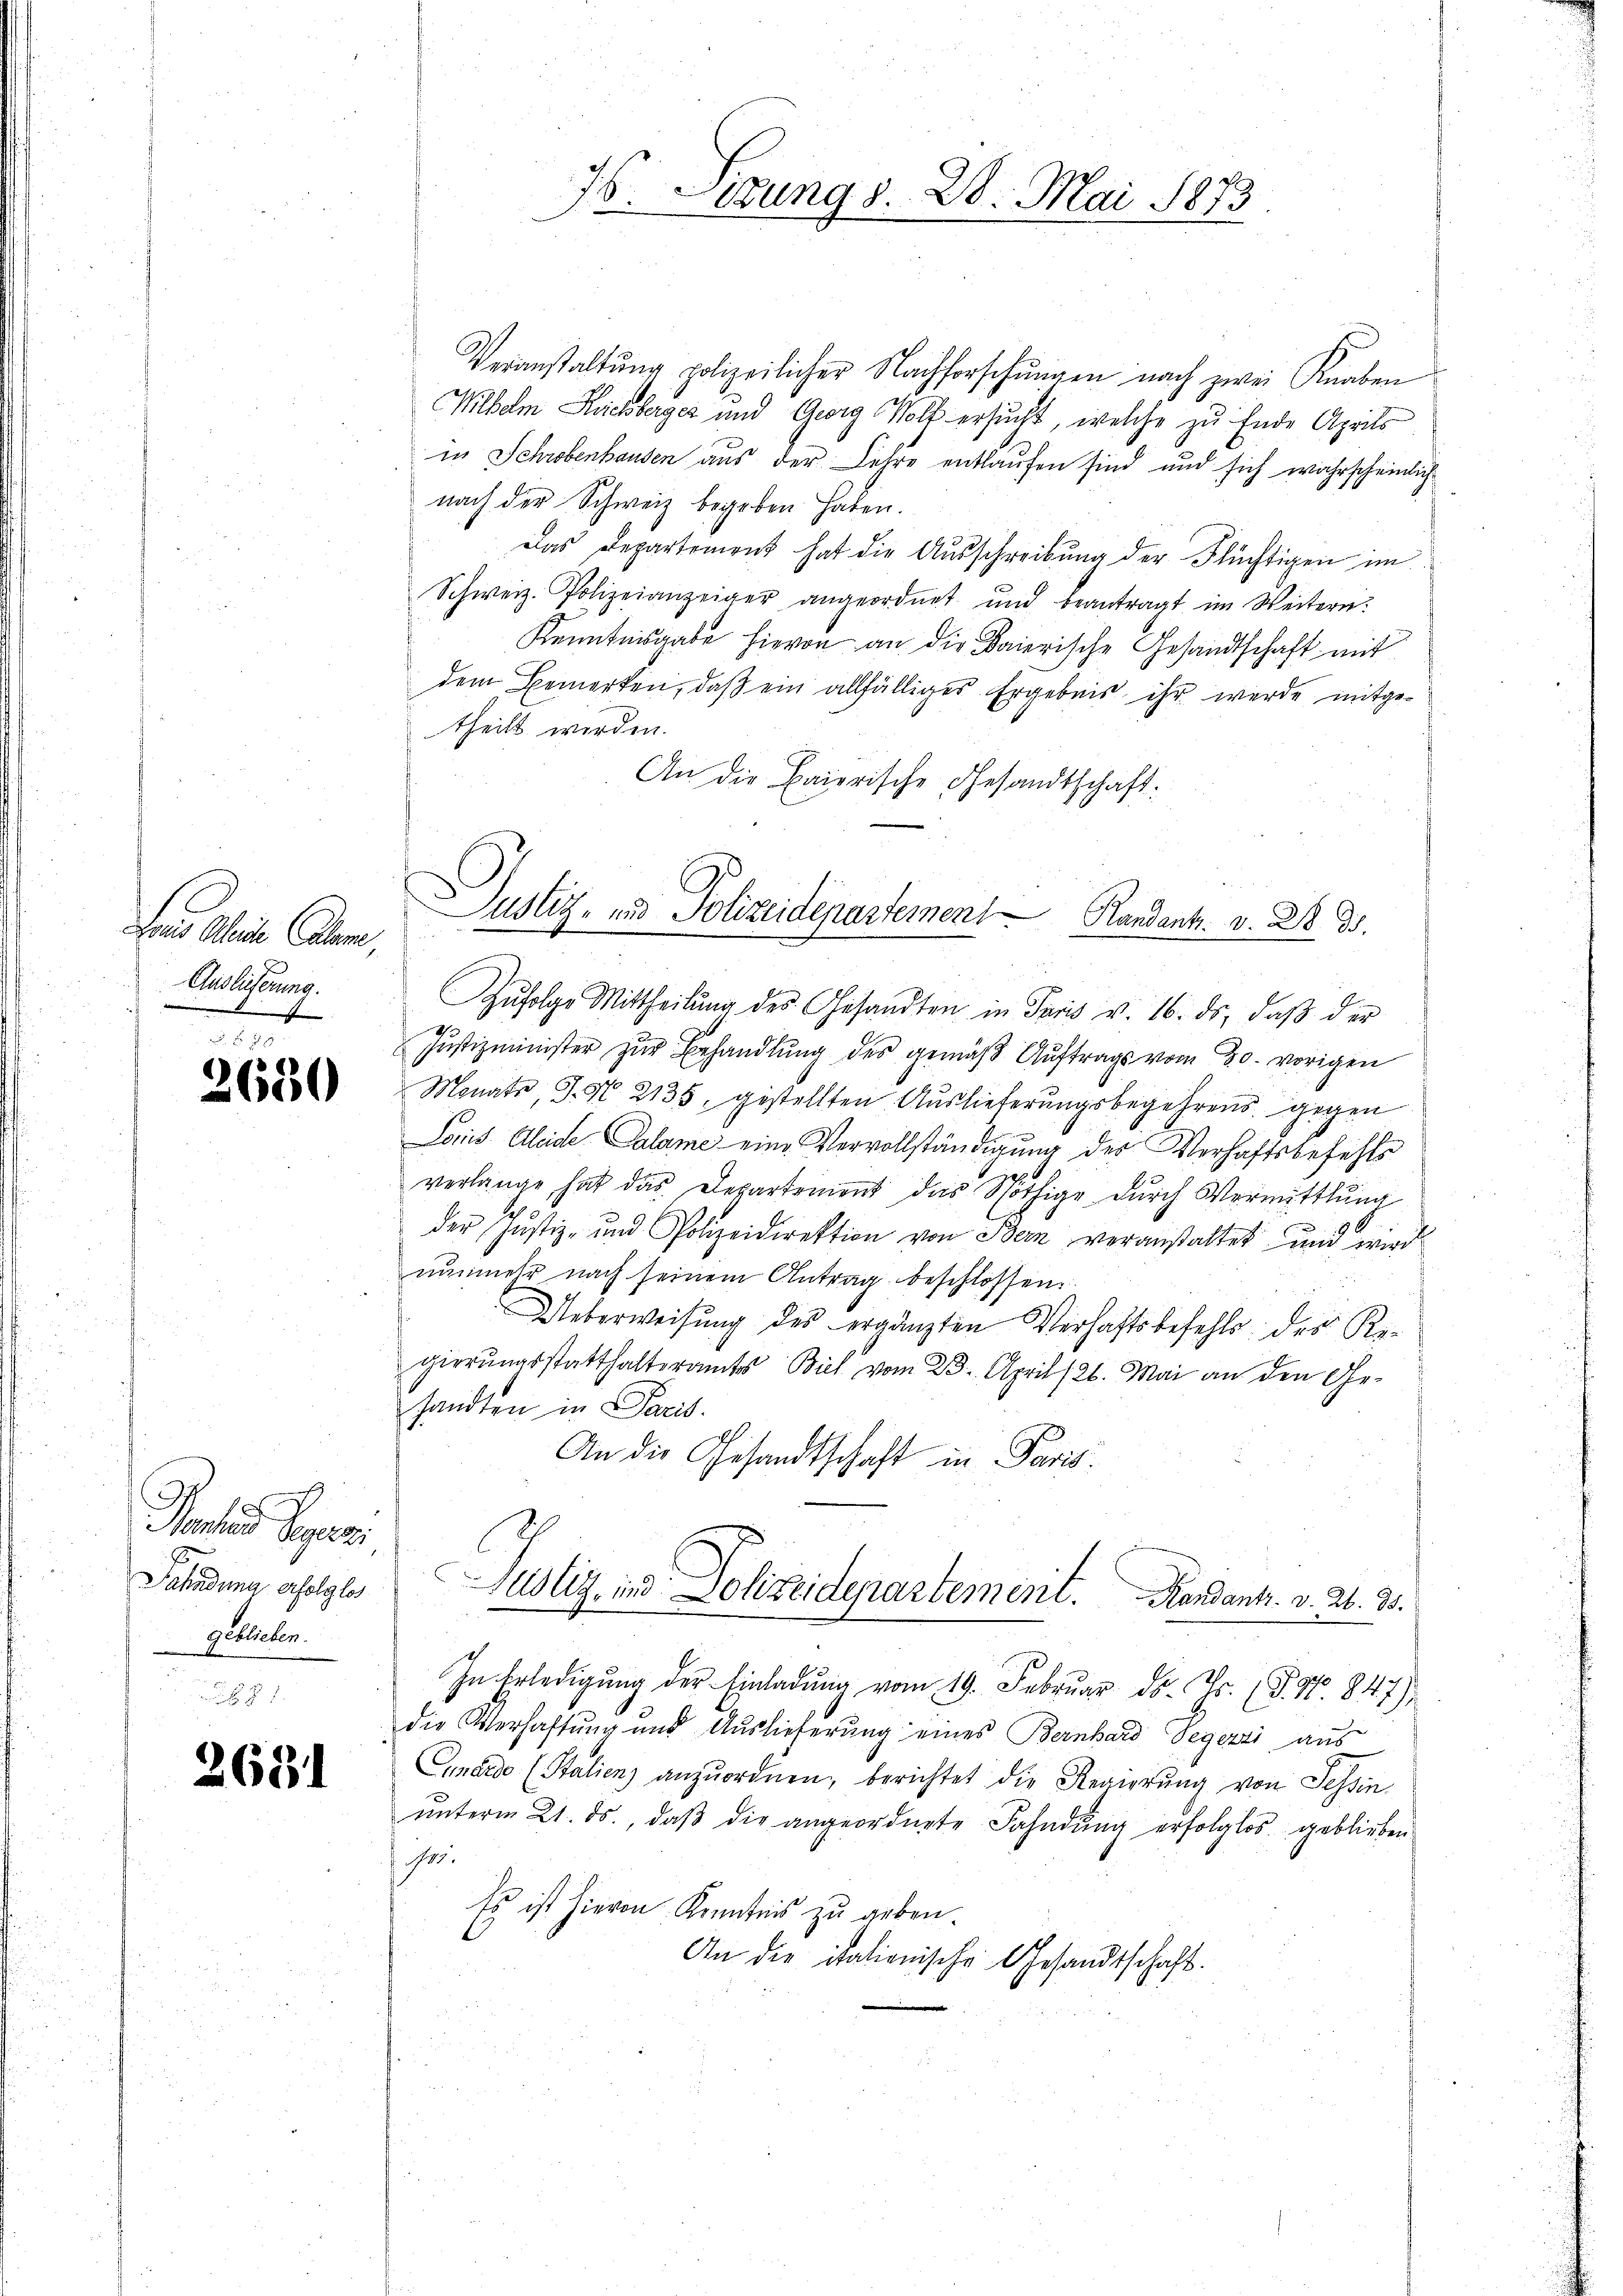
f Aline Atm
Auslicherung.
m

2650

Pactus Piper.
Jahadima, erfolglos
geblieben.

2681

Veranstaltung polizeilicher Nachforschungen nach zwei Knaben
Milbem Ruchberger und Georg Volk ersucht, welche zu Ende Aprils
in Schrobenhausen aus der Lehre entlaufen sind und sich wahrscheinlich
nach der Schweiz begeben haben.
Das Departement hat die Ausschreibung der Flüchtigen im
Schweiz. Polizeianzeiger angeordnet und beantragt im Weitern.
Kenntnisgabe hievon an die Baierische Gesandtschaft mit
dem Bemerken, daß ein allfälliges Ergebnis ihr werde mitge-
theilt werden.
An die Baierische Gesandtschaft.

76. Sizung d. 20. Mai 1873
.

Justiz- und Polizeidepartement Randants. v. 2. d.

Zŭfolge Mittheilŭng des Gesandten in Paris v. 16. ds, daβ der
Justizminister zur Behandlung des gemäß Auftrags vom 30. vorigen
Monats, S. Nr. 2135, gestellten Auslieferungsbegehrens gegen
Loris Aleide Calame eine Vervollständigung der Verhaftsbefehls
verlange hat das Departement das Nöthige durch Vermittlung
der Justiz- und Polizeidirektion von Bern veranstaltet und wird
nŭnmehr nach seinem Antrag beschlossen:
Ueberweisung des ergänzten Verhaftsbefehls des Regierŭngsstatthalteramtes Biel vom 23. April 126. Mai an den Ge-
sandten in Paris.
An die Gesandtschaft in Paris.
Justiz- und Polizeidepartement. Handant. v. 26. 30.
)
In Erledigŭng der Einladŭng vom 19. Febrŭar d. Js. (T.97. 847)
die Verhaftung und Auslieferung eines Bernhard Segezzi aus
Einario (Stalien) anzuordnen, berichtet die Regierung von Tessin
ŭnterm 21. ds., daβ die angeordnete Fahndŭng erfolglos geblieben
s:
Es ist hievon Kenntnis zu geben.
An die italienische Gesandtschaft.